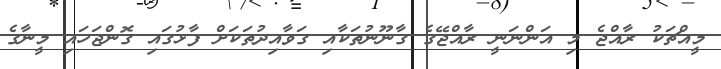
މީއްޗަކު ރާއްޖެ މި އަންނަނީ ރާއްޖޭގެ ގާނޫނުތަކާއި ގަވާއިދުތަކަށް ފާޅުގައި ގޮންޖަހައި މީނާގެ